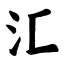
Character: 汇